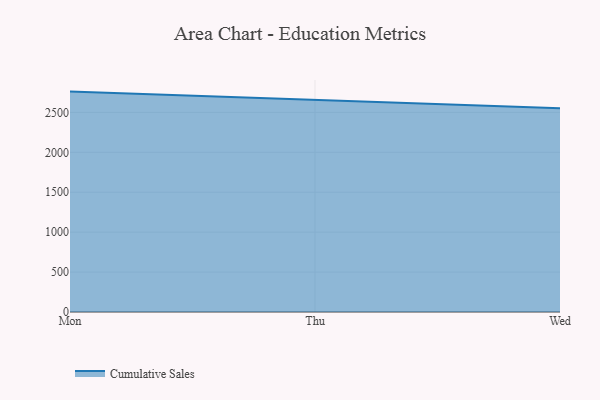
{"axis": {"x": "Day", "y": "LTV (USD)"}, "legend": ["Cumulative Sales"], "data": [{"x": "Mon", "y": 2760.2, "type": "Cumulative Sales"}, {"x": "Thu", "y": 2654.5, "type": "Cumulative Sales"}, {"x": "Wed", "y": 2551.2, "type": "Cumulative Sales"}]}